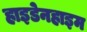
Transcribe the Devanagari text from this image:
हाइडेनहाइम